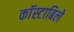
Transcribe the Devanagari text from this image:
काॅस्टाबिले